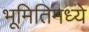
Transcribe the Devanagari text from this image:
भूमितिमध्ये